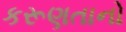
કરૂણતાનો